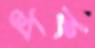
পক